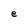
Character: e